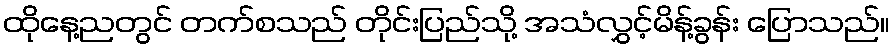
ထိုနေ့ညတွင် တက်စသည် တိုင်းပြည်သို့ အသံလွှင့်မိန့်ခွန်း ပြောသည်။